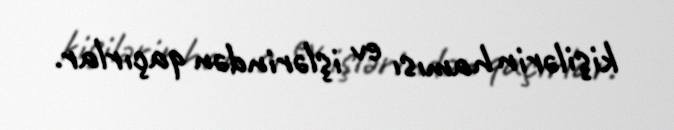
kişilərin hamısı ev işlərindən qaçırlar.